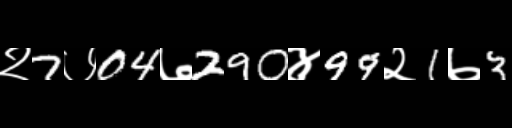
Text: २7७04७290४99२1७3